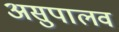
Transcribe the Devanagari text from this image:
असुपालव